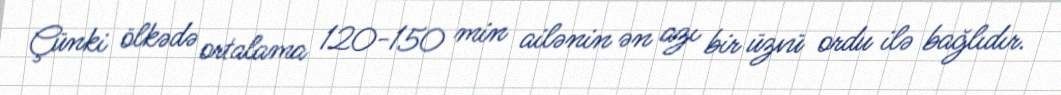
Çünki ölkədə ortalama 120-150 min ailənin ən azı bir üzvü ordu ilə bağlıdır.